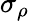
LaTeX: \sigma_{\rho}